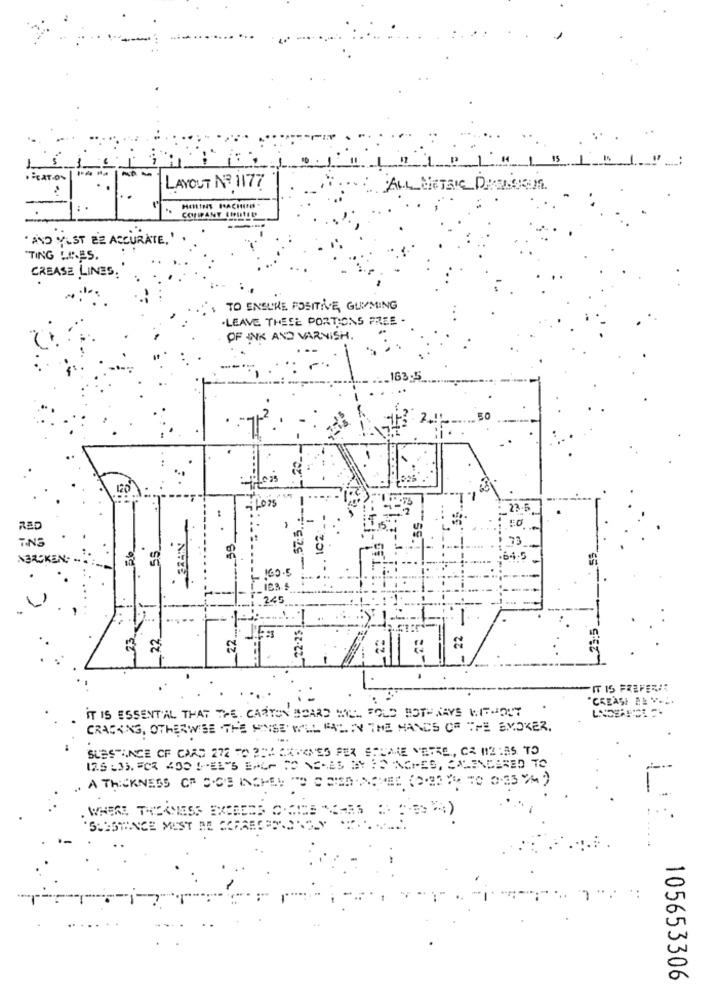
1
ALL NITRIC DROGUES
COMPANY COULEU
AND MUST BE ACCURATE,'
"TING U.A. ES.
CREASE LINES,
TO ENSURE POSITIVE, GUMMING
-LEAVE THESE PORTIONS FREE-
OF INK AND VARNISH.
163:
50
fois
120
IC2 :_
RED
NBRCKEN;
64.5
160.0
245
22.25
23,5
22
22
22
_22
IT IS ESSENTIAL THAT THE CARTON BOARD WILL FOLD BOTH WAYS WITHOUT
CRACKING, OTHERWISE THE PINSE WILL FALL IN THE HANDS OF THE SMOKER.
SUBSTANCE CF CARD 272 TO 35# 2XXXES FEX SSUALE VETRE, CE #2:85 TO
125 :35. FOR 400 !REITS EACH TO NEWAS BY ID INCHES, CALENDARED TO
. A THICKNESS OF S.OS INCHES TO C REDINGMED (2.92 % TO 0.33 CM )
WHERE THICKNESS EXCEEDS CODE C-5
'SUISWNCE MUST BE SCRAES
*:
105653306